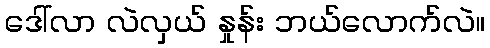
ဒေါ်လာ လဲလှယ် နှုန်း ဘယ်လောက်လဲ။